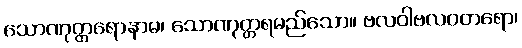
သောဏုတ္တရောနာမ၊ သောဏုတ္တရမည်သော။ ဗလဝါဗလဝတရော၊